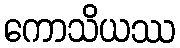
ကောသိယဿ